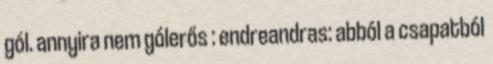
gól. annyira nem gólerős : endreandras: abból a csapatból